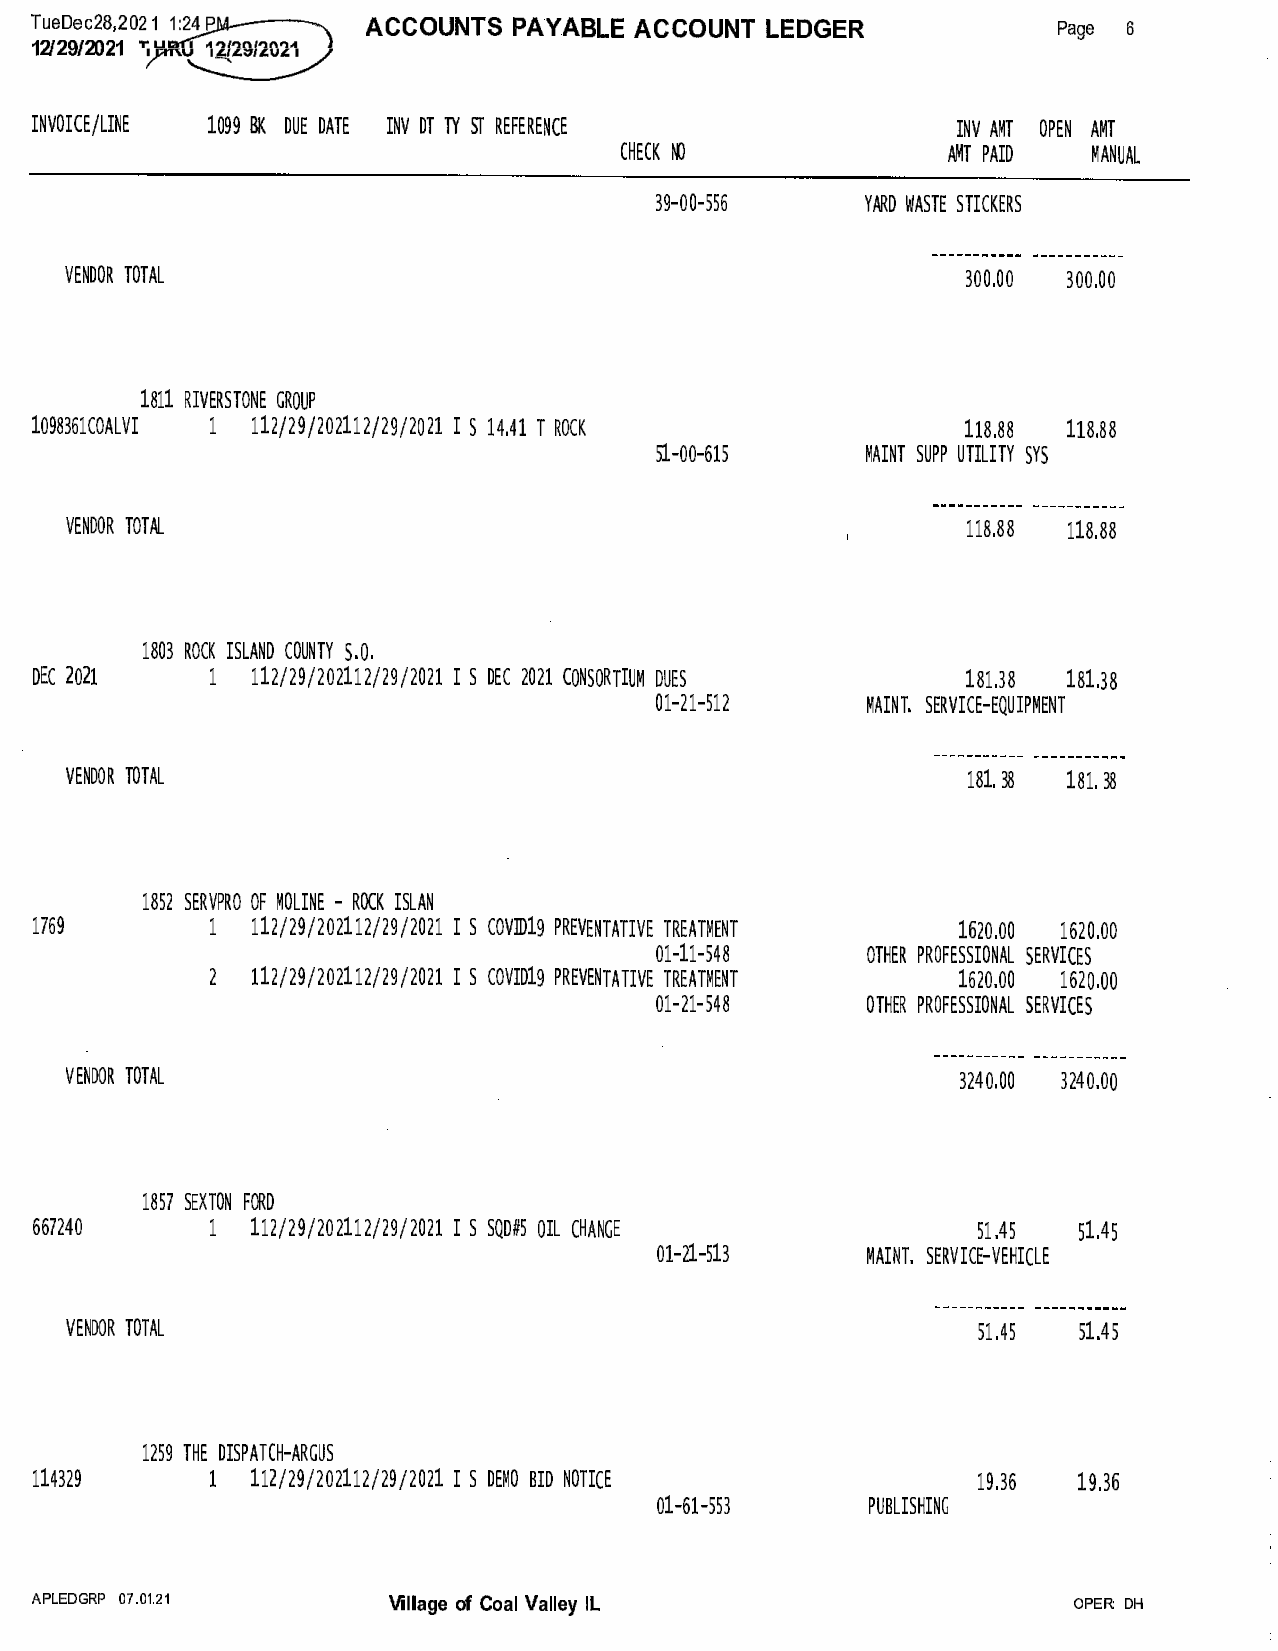
ACCOUNTS  PAYABLE ACCOUNT  LEDGER
 Tueoec2s,20���                                                      Page 6
 12/29/2021 Y'"'�
 INVOICE/LINE 1099 BK DUE DATE INV DT TY ST REFERENCE         INV AMT OPEN AMT
 CHECK NO              AMT PAID MANUAL
 39-00-556     YARD WASTE STICKERS
 VENDOR TOTAL                                                300.00 300.00
 1811 RIVERSTONE GROUP
 1098361COALVI 1 112/29/202112/29/2021 I S 14.41 T ROCK        118.88 118.88
 51-00-615     MAINT SUPP UTILITY SYS
 VENDOR TOTAL                                                118.88 118.88
 1803 ROCK ISLAND COUNTY S.O.
 DEC 2021    1  112/29/202112/29/2021 I S DEC 2021 CONSORTIUM DUES 181.38 181.38
 01-21-512     MAINT. SERVICE-EQUIPMENT
 VENDOR TOTAL                                                181. 38 181. 38
 1852 SERVPRO OF MOLINE - ROCK ISLAN
 1769        1  112/29/202112/29/2021 I S COVID19 PREVENTATIVE TREATMENT 1620.00 1620.00
 01-11-548     OTHER PROFESSIONAL SERVICES
 2  112/29/202112/29/2021 I S COVID19 PREVENTATIVE TREATMENT 1620.00 1620.00
 01-21-548     OTHER PROFESSIONAL SERVICES
 VENDOR TOTAL                                               3240.00 3240.00
 1857 SEXTON FORD
 667240      1  112/29/202112/29/2021 I S SQD#5 OIL CHANGE      51.45 51.45
 01-21-513     MAINT. SERVICE-VEHICLE
 VENDOR TOTAL                                                 51.45 51.45
 1259 THE DISPATCH-ARGUS
 114329      1  112/29/202112/29/2021 I S DEMO BID NOTICE       19.36 19.36
 01-61-553     PUBLISHING
 APLEDGRP 07.01.21       Village of Coal Valley IL                    OPER: DH